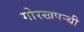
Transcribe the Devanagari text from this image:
गोरखपन्थी